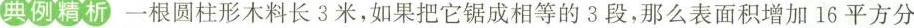
典例精析一根圆柱形木料长3米，如果把它锯成相等的3段，那么表面积增加16平方分